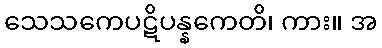
သေသကေပဋိပန္နကေတိ၊ ကား။ အ